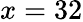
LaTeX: x=32